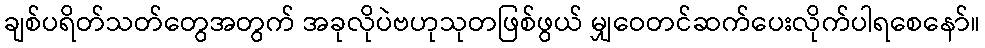
ချစ်ပရိတ်သတ်တွေအတွက် အခုလိုပဲဗဟုသုတဖြစ်ဖွယ် မျှဝေတင်ဆက်ပေးလိုက်ပါရစေနော်။